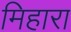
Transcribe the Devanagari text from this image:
मिहारा